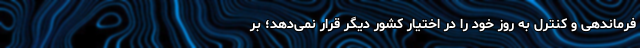
فرماندهی و کنترل به روز خود را در اختیار کشور دیگر قرار نمی‌دهد؛ بر